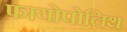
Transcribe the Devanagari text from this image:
फायोपोलिथ